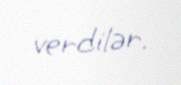
verdilər.